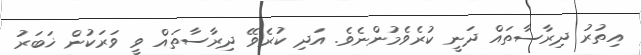
އިތުރު ދިރާސާތައް ދަނީ ކުރެވެމުންނެވެ. އަދި ކުރެވޭ ދިރާސާތައް ވީ ވަރަކުން ޚަބަރު